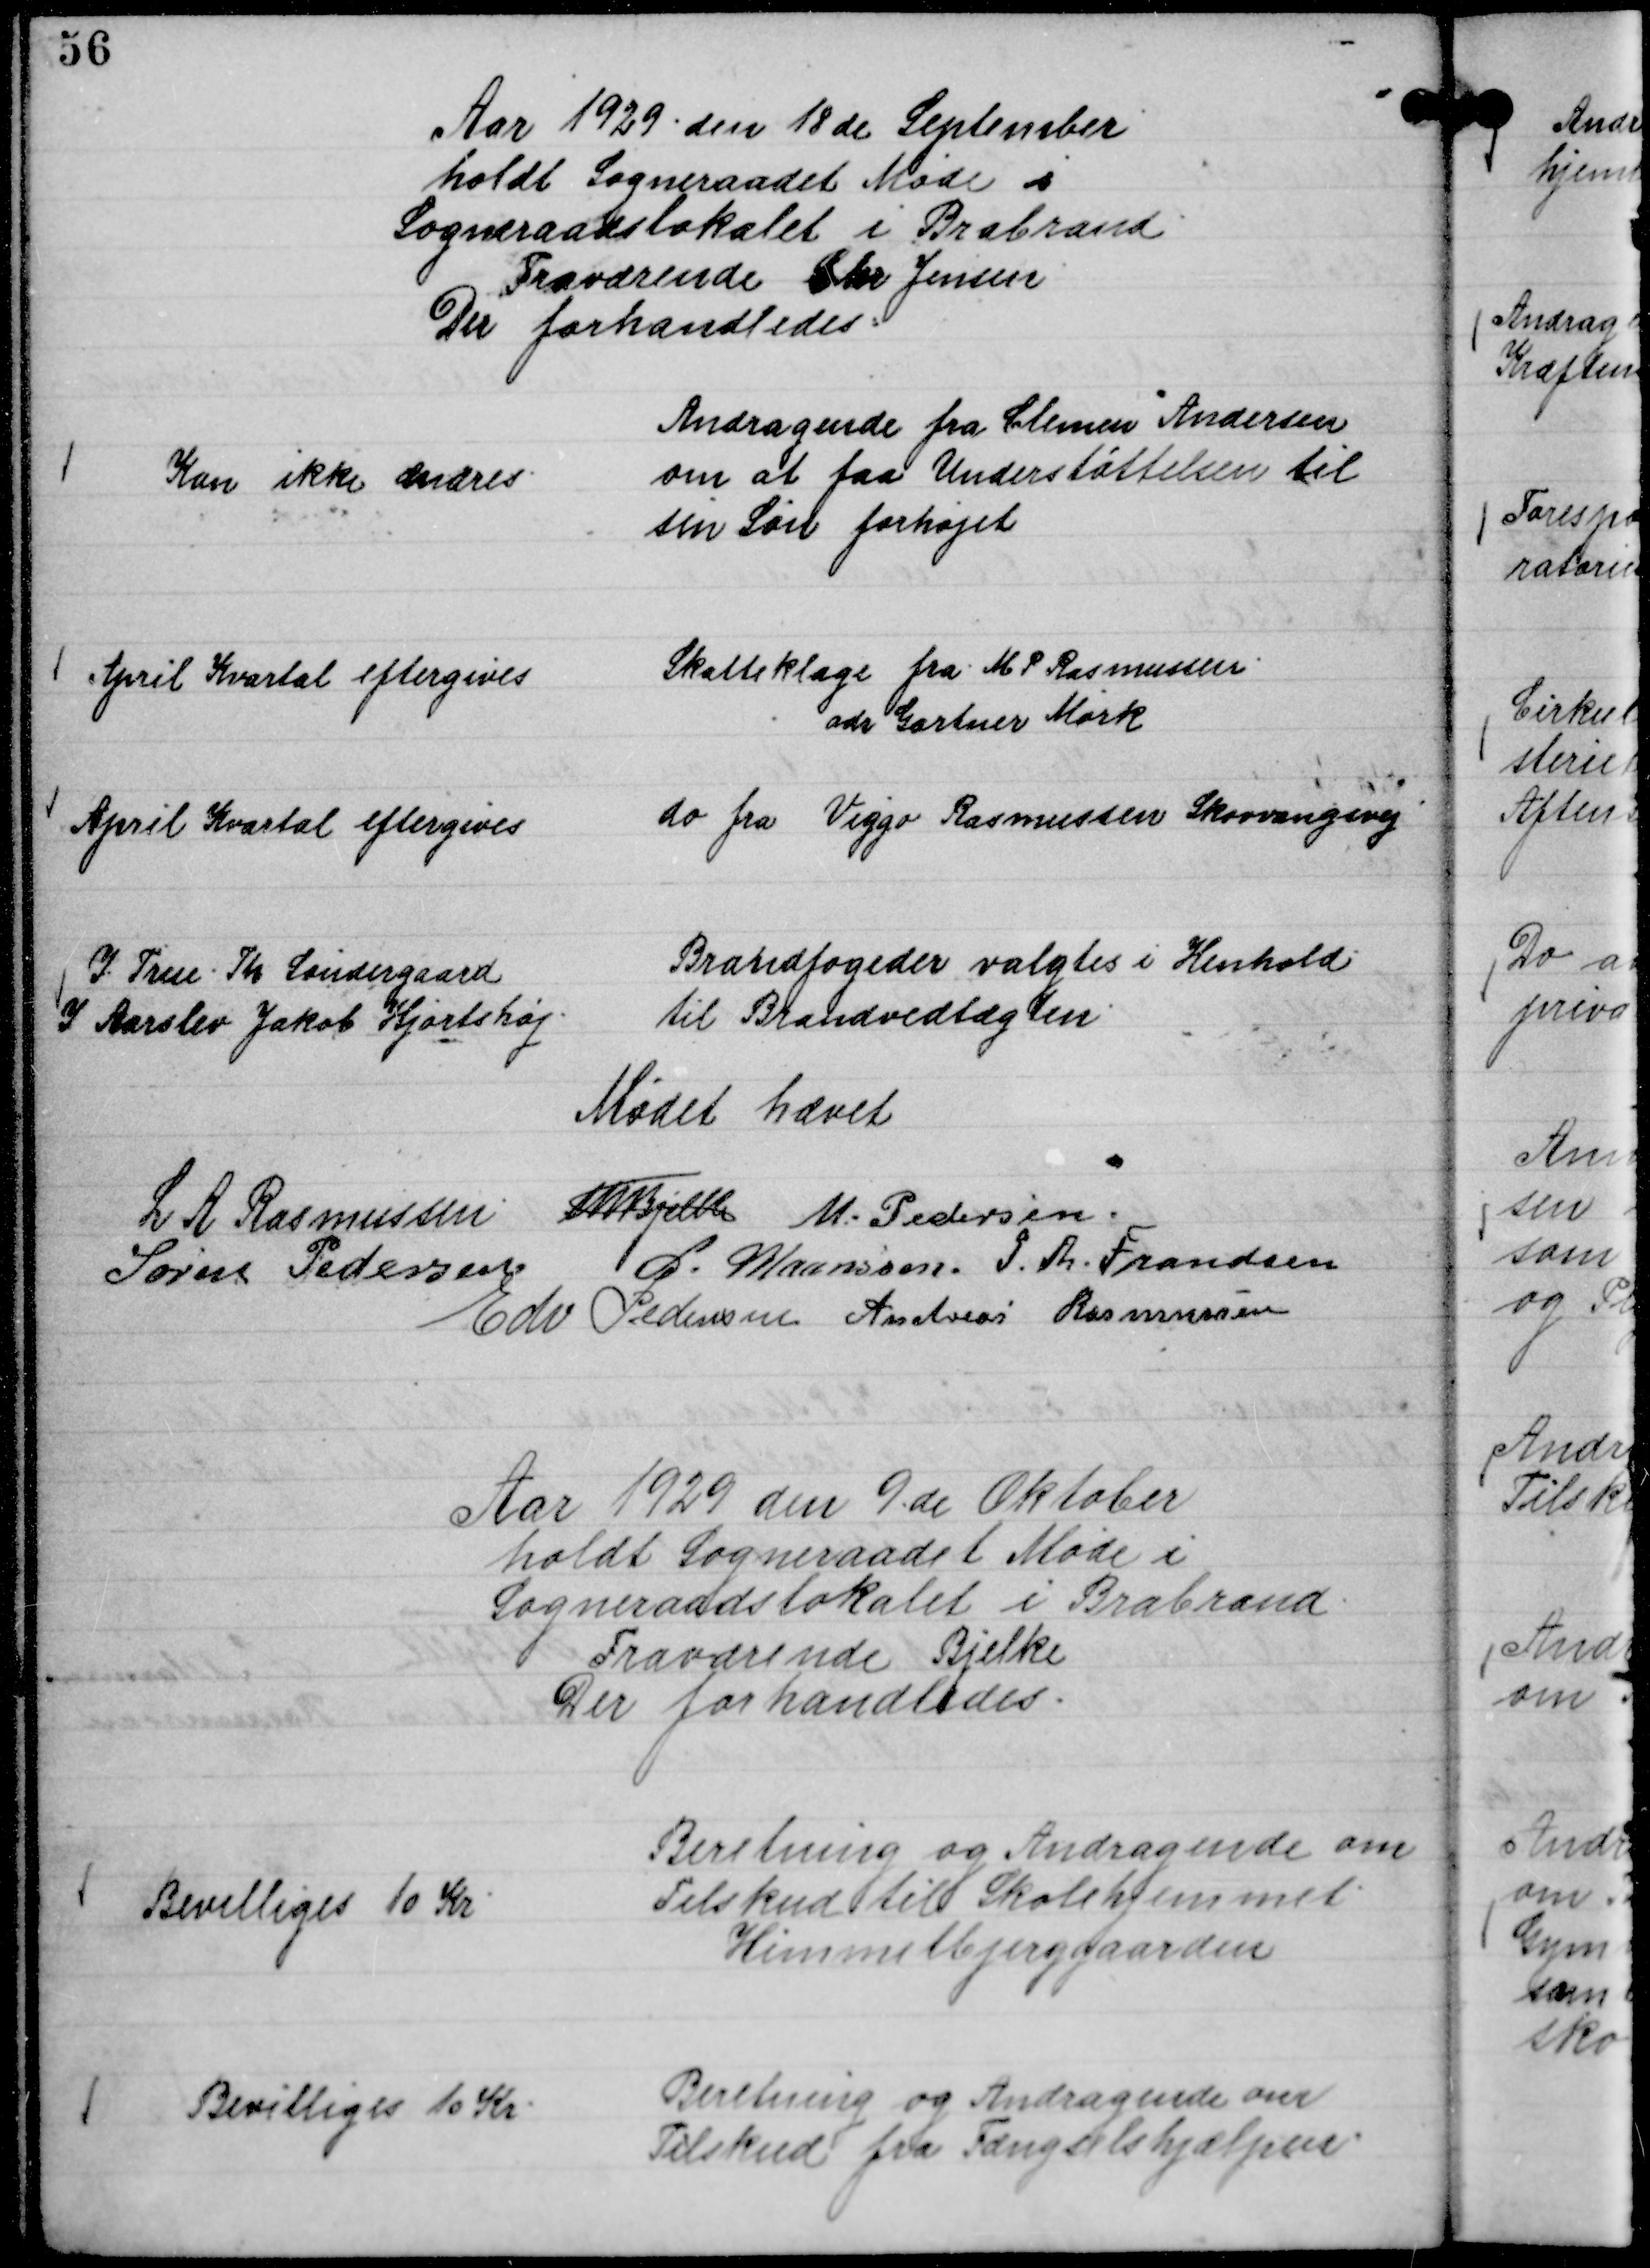
Transskription:
Aar 1929 den 18 de September
holdt Sogneraadet Møde i
Sogneraadslokalet i Brabrand.
Fraværende Chr Jensen
Der forhandledes:

Andragende fra Clemen Andersen
om at faa Understøttelsen til
sin Søn forhøjet

Kan ikke ændres.

Skatteklage fra M P Rasmussen.
adr Gartner Mørk

April Kvartal eftergives

do fra Viggo Rasmussen Skovvangsvej

April Kvartal eftergives

Brandfogeder valgtes i Henhold
til Brandvedtægten.

I True Th Søndergaard
I Aarslev Jakob Hjortshøj.

Mødet hævet
L A Rasmussen
Th Bjelke
M. Pedersen.
Søren Pedersen
L. Maansson.
P. Th. Frandsen
Edv Pedersen
Andreas Rasmussen

Aar 1929 den 9.de Oktober
holdt Sogneraadet Møde i
Sogneraadslokalet i Brabrand.
Fraværende Bjelke
Der forhandledes.

Beretning og Andragende om
Tilskud til Skolehjemmet
Himmelbjerggaarden

Bevilliges 10 Kr.

Beretning og Andragende om
Tilskud fra Fængselshjælpen.

Bevilliges 10 Kr.